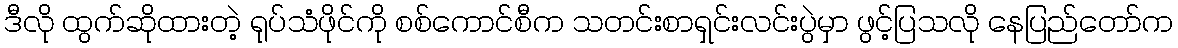
ဒီလို ထွက်ဆိုထားတဲ့ ရုပ်သံဖိုင်ကို စစ်ကောင်စီက သတင်းစာရှင်းလင်းပွဲမှာ ဖွင့်ပြသလို နေပြည်တော်က